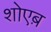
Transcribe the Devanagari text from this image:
शोएब़